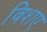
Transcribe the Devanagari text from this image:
विशए